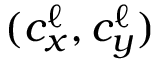
( c _ { x } ^ { \ell } , c _ { y } ^ { \ell } )